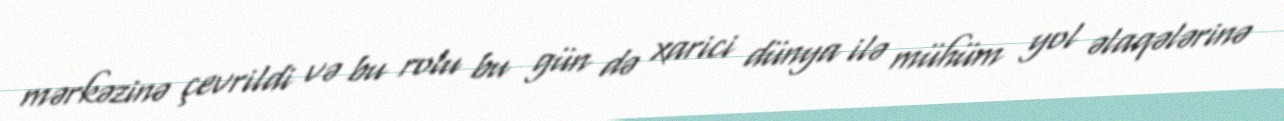
mərkəzinə çevrildi və bu rolu bu gün də xarici dünya ilə mühüm yol əlaqələrinə